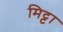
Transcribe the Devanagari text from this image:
मिट्टा